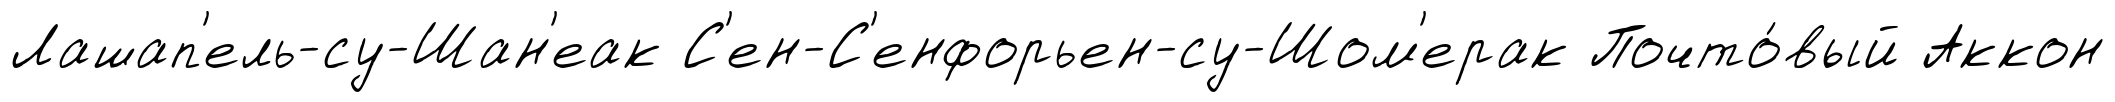
Лашап'ель-су-Шан'еак С'ен-С'енфорьен-су-Шом'ерак Почто́вый Аккон